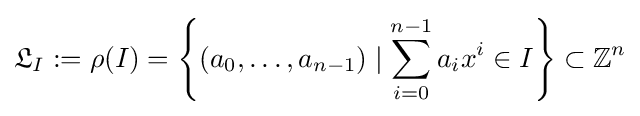
{\mathfrak {L}}_{I}:=\rho (I)=\left\{(a_{0},\ldots ,a_{n-1})\mid \sum _{i=0}^{n-1}a_{i}x^{i}\in I\right\}\subset \mathbb {Z} ^{n}